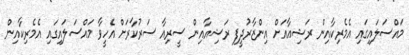
މައްސަލައިގައި އެމެރިކާއިން ރަޝިއާއަށް އިންޒާރުދީފި ރަޝިއާއިން ސީރިއާ ސަރުކާރަށް އެހީވާ މައްސަލައިގައި އެމެރިކާއިން